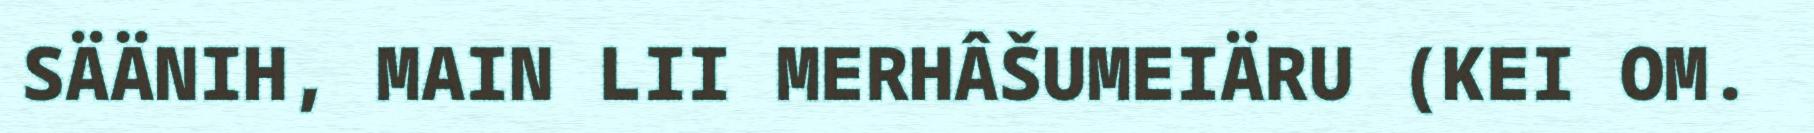
SÄÄNIH, MAIN LII MERHÂŠUMEIÄRU (KEI OM.